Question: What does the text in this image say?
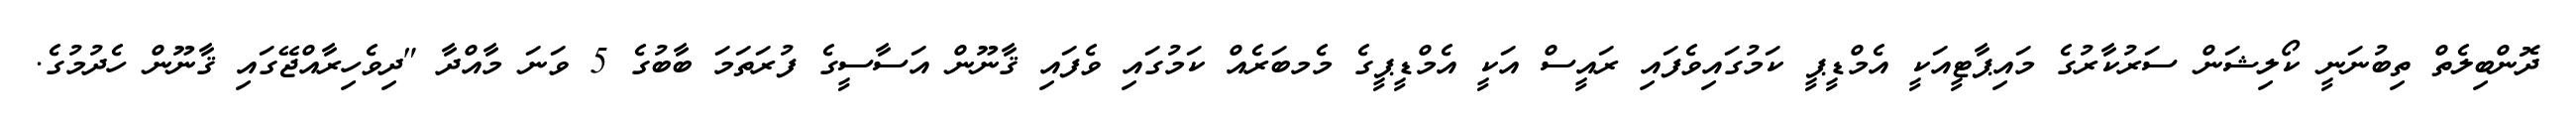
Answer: ދޮންބިލެތް ތިބުނަނީ ކޯލިޝަން ސަރުކާރުގެ މައިޕާޓީއަކީ އެމްޑީޕީ ކަމުގައިވެފައި ރައީސް އަކީ އެމްޑީޕީގެ މެމބަރެއް ކަމުގައި ވެފައި ޤާނޫން އަސާސީގެ ފުރަތަމަ ބާބުގެ 5 ވަނަ މާއްދާ "ދިވެހިރާއްޖޭގައި ޤާނޫން ހެދުމުގެ.